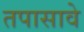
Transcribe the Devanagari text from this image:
तपासावे